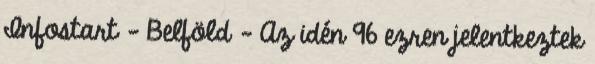
Infostart - Belföld - Az idén 96 ezren jelentkeztek